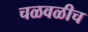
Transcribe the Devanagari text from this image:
चळवळीच